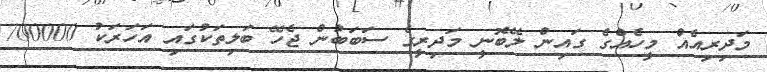
މަދިރިއެއް މީހެއްގެ ގައިން ލޭބޮނީ މަދިރީގެ ސަބަބުން ޖެހޭ ބަލިތަކުގައި އަހަރަކު 700000